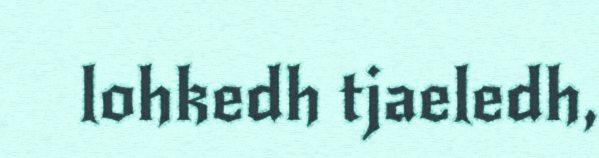
lohkedh tjaeledh,